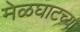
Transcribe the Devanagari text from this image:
मेळघाटच्या